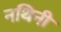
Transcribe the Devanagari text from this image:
नथिनी